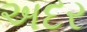
અદર